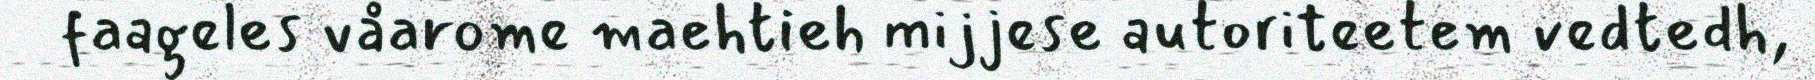
faageles våarome maehtieh mijjese autoriteetem vedtedh,